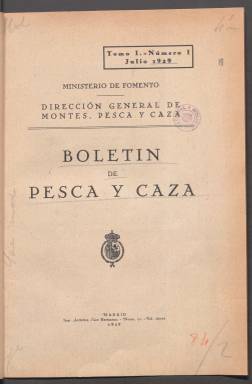
Título: Boletín de pesca y caza
Colección: Caza y pesca
Ámbito geográfico: Madrid
Lugar de publicación: Madrid
Fechas: 01/07/1929-31/08/1936